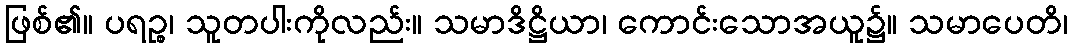
ဖြစ်၏။ ပရဉ္စ၊ သူတပါးကိုလည်း။ သမာဒိဋ္ဌိယာ၊ ကောင်းသောအယူ၌။ သမာပေတိ၊